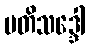
မတိသဒ္ဒေါ